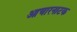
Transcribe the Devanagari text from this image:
आचारनाटक